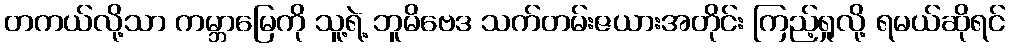
တကယ်လို့သာ ကမ္ဘာမြေကို သူ့ရဲ့ ဘူမိဗေဒ သက်တမ်းဇယားအတိုင်း ကြည့်ရှုလို့ ရမယ်ဆိုရင်